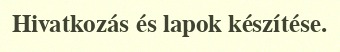
Hivatkozás és lapok készítése.